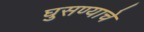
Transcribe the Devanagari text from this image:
घुसण्याचे